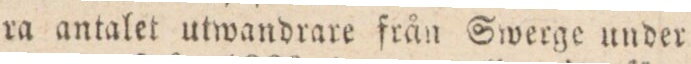
ra antalet utwandrare från Swerge under